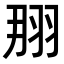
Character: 𦐃